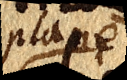
plane